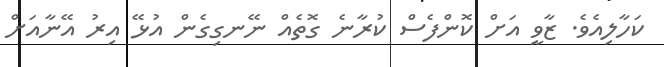
ކަހާލިއެވެ. ޒާވީ އަށް ކޮންފެސް ކުރާނެ ގޮތެއް ނޭނގިގެން އުޅޭ އިރު އޭނާއަށް